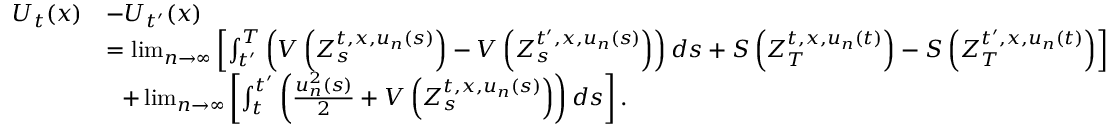
\begin{array} { r l } { U _ { t } ( x ) } & { - U _ { t ^ { \prime } } ( x ) } \\ & { = \operatorname* { l i m } _ { n \to \infty } \left[ \int _ { t ^ { \prime } } ^ { T } \left( V \left( Z _ { s } ^ { t , x , u _ { n } ( s ) } \right) - V \left( Z _ { s } ^ { t ^ { \prime } , x , u _ { n } ( s ) } \right) \right) d s + S \left( Z _ { T } ^ { t , x , u _ { n } ( t ) } \right) - S \left( Z _ { T } ^ { t ^ { \prime } , x , u _ { n } ( t ) } \right) \right] } \\ & { ~ ~ + \operatorname* { l i m } _ { n \to \infty } \left[ \int _ { t } ^ { t ^ { \prime } } \left( \frac { u _ { n } ^ { 2 } ( s ) } { 2 } + V \left( Z _ { s } ^ { t , x , u _ { n } ( s ) } \right) \right) d s \right] . } \end{array}